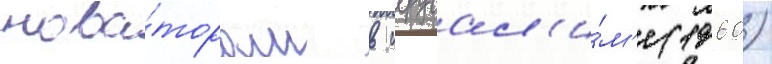
нова́торам в иерусал'и́м'е (1960)